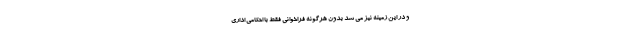
و در این زمینه نیز می شد بدون هرگونه فراخوانی فقط با احکامی اداری